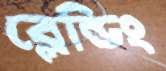
ব্লেন্ডিং